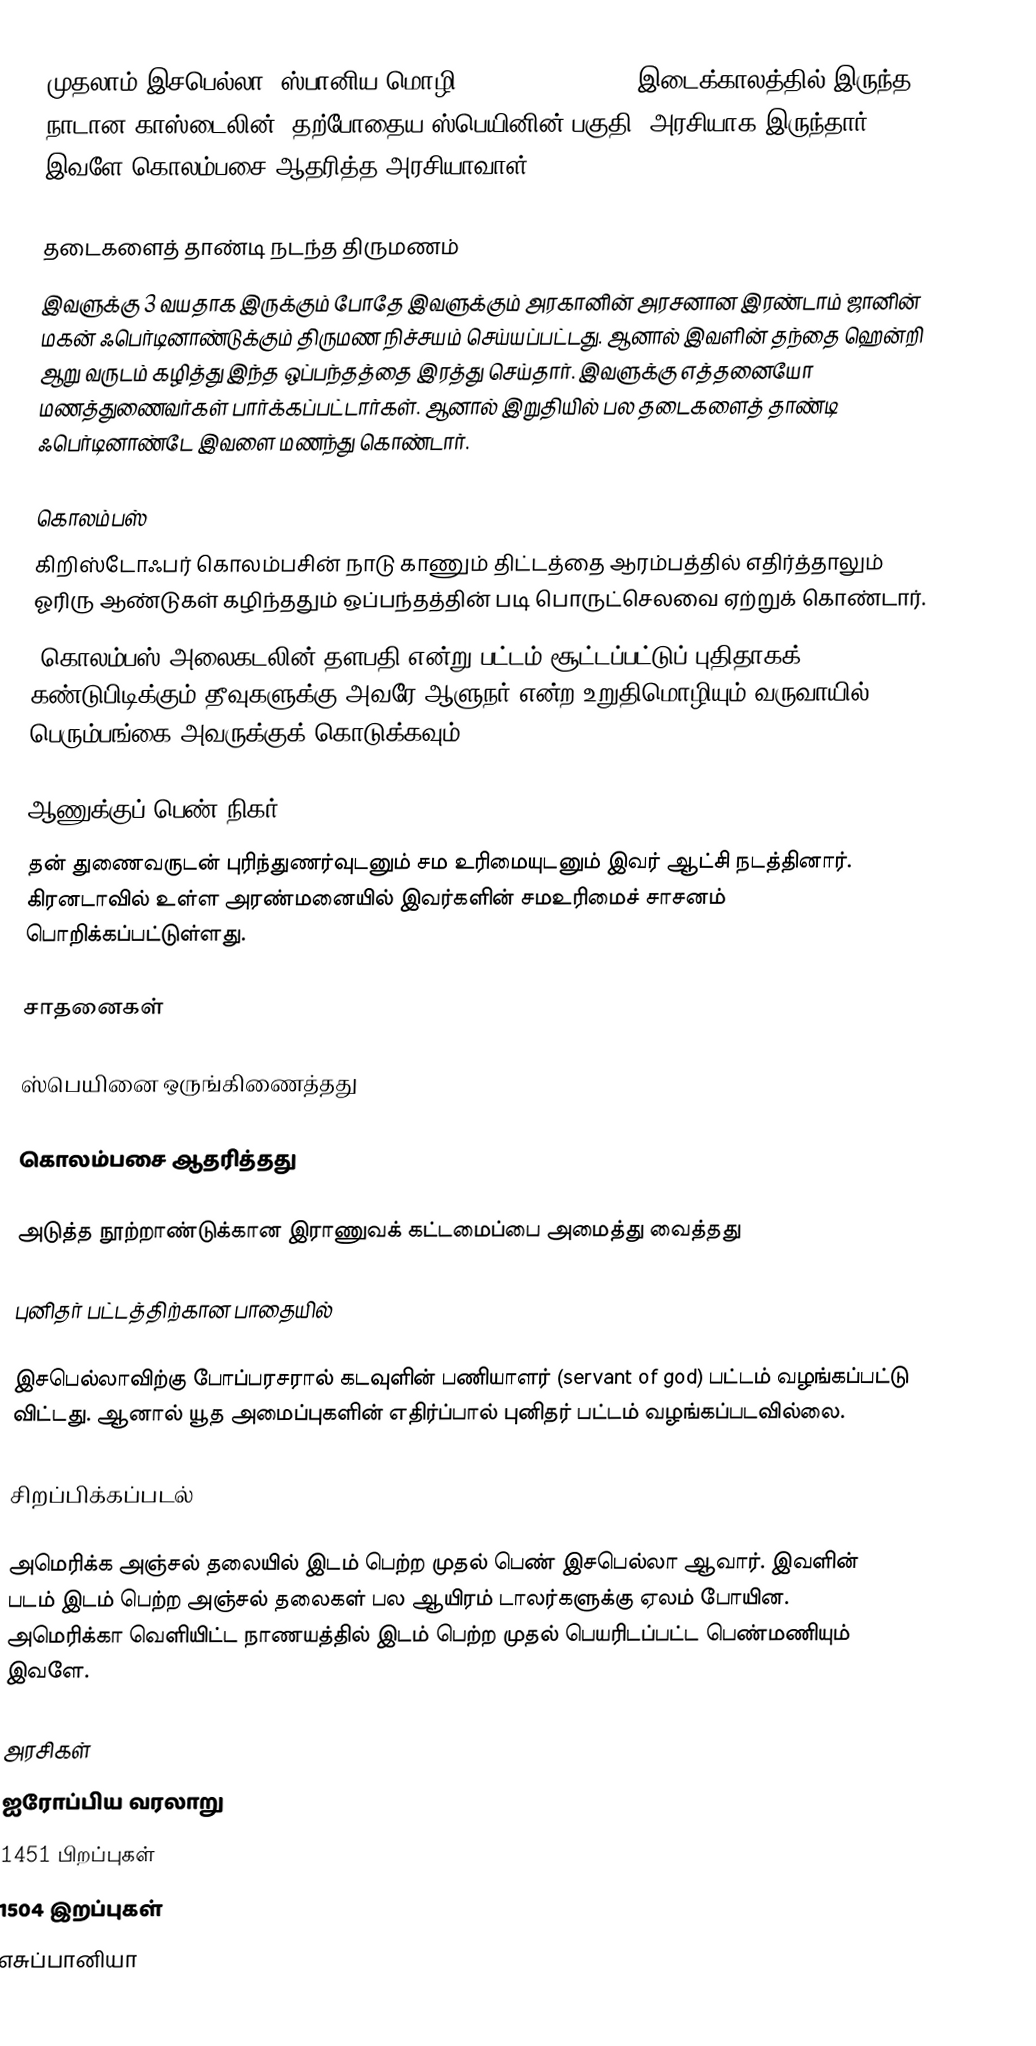
முதலாம் இசபெல்லா (ஸ்பானிய மொழி: Isabel I, Ysabel) இடைக்காலத்தில் இருந்த நாடான காஸ்டைலின் (தற்போதைய ஸ்பெயினின் பகுதி) அரசியாக இருந்தார். இவளே கொலம்பசை ஆதரித்த அரசியாவாள்.

தடைகளைத் தாண்டி நடந்த திருமணம்
இவளுக்கு 3 வயதாக இருக்கும் போதே இவளுக்கும் அரகானின் அரசனான இரண்டாம் ஜானின் மகன் ஃபெர்டினாண்டுக்கும் திருமண நிச்சயம் செய்யப்பட்டது. ஆனால் இவளின் தந்தை ஹென்றி ஆறு வருடம் கழித்து இந்த ஒப்பந்தத்தை இரத்து செய்தார். இவளுக்கு எத்தனையோ மணத்துணைவர்கள் பார்க்கப்பட்டார்கள். ஆனால் இறுதியில் பல தடைகளைத் தாண்டி ஃபெர்டினாண்டே இவளை மணந்து கொண்டார்.

கொலம்பஸ்
கிறிஸ்டோஃபர் கொலம்பசின் நாடு காணும் திட்டத்தை ஆரம்பத்தில் எதிர்த்தாலும் ஓரிரு ஆண்டுகள் கழிந்ததும் ஒப்பந்தத்தின் படி பொருட்செலவை ஏற்றுக் கொண்டார்.
(கொலம்பஸ் அலைகடலின் தளபதி என்று பட்டம் சூட்டப்பட்டுப் புதிதாகக் கண்டுபிடிக்கும் தீவுகளுக்கு அவரே ஆளுநர் என்ற உறுதிமொழியும் வருவாயில் பெரும்பங்கை அவருக்குக் கொடுக்கவும்)

ஆணுக்குப் பெண் நிகர்
தன் துணைவருடன் புரிந்துணர்வுடனும் சம உரிமையுடனும் இவர் ஆட்சி நடத்தினார். கிரனடாவில் உள்ள அரண்மனையில் இவர்களின் சமஉரிமைச் சாசனம் பொறிக்கப்பட்டுள்ளது.

சாதனைகள்

ஸ்பெயினை ஒருங்கிணைத்தது

கொலம்பசை ஆதரித்தது

அடுத்த நூற்றாண்டுக்கான இராணுவக் கட்டமைப்பை அமைத்து வைத்தது

புனிதர் பட்டத்திற்கான பாதையில்

இசபெல்லாவிற்கு போப்பரசரால் கடவுளின் பணியாளர் (servant of god) பட்டம் வழங்கப்பட்டு விட்டது. ஆனால் யூத அமைப்புகளின் எதிர்ப்பால் புனிதர் பட்டம் வழங்கப்படவில்லை.

சிறப்பிக்கப்படல்

அமெரிக்க அஞ்சல் தலையில் இடம் பெற்ற முதல் பெண் இசபெல்லா ஆவார். இவளின் படம் இடம் பெற்ற அஞ்சல் தலைகள் பல ஆயிரம் டாலர்களுக்கு ஏலம் போயின. அமெரிக்கா வெளியிட்ட நாணயத்தில் இடம் பெற்ற முதல் பெயரிடப்பட்ட பெண்மணியும் இவளே.

அரசிகள்
ஐரோப்பிய வரலாறு
1451 பிறப்புகள்
1504 இறப்புகள்
எசுப்பானியா